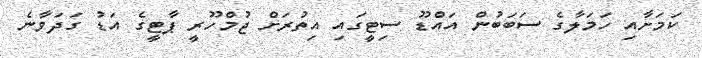
ކަމަށާއި ހަމަލާގެ ސަބަބުން އައްޑޫ ސިޓީގައި އިތުރަށް ޖުމްހޫރީ ޕާޓީގެ އަޑު ގަދަވާނެ